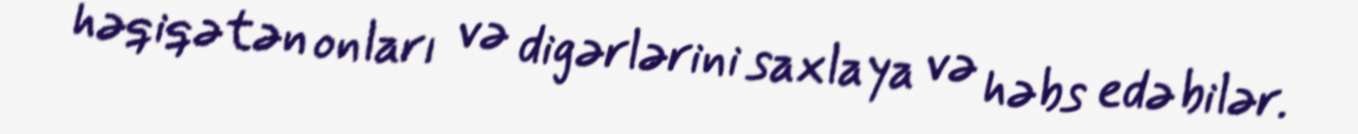
həqiqətən onları və digərlərini saxlaya və həbs edə bilər.